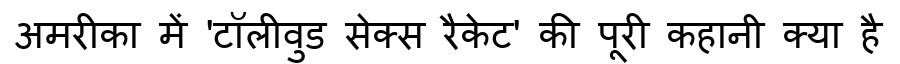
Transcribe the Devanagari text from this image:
अमरीका में 'टॉलीवुड सेक्स रैकेट' की पूरी कहानी क्या है